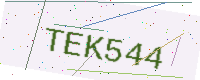
Text: TEK544